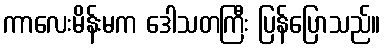
ကာလေးမိန်းမက ဒေါသတကြီး ပြန်ပြောသည်။